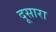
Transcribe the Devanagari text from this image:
दूसारा